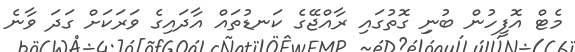
މެޓް އޮފީހުން ބުނިި ގޮތުގައި ރާއްޖޭގެ ކަނޑުތައް އާދައިގެ ވަރަކަށް ގަދަ ވާނެ